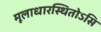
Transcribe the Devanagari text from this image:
मूलाधारस्थितोऽसि